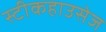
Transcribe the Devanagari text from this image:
स्टीकहाउसेज